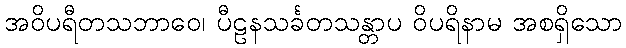
အဝိပရီတသဘာဝေ၊ ပီဠနသင်္ခတသန္တာပ ဝိပရိနာမ အစရှိသော